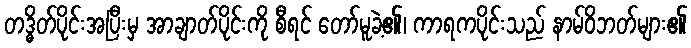
တဒ္ဓိတ်ပိုင်းအပြီးမှ အာချာတ်ပိုင်းကို စီရင် တော်မူခဲ့၏၊ ကာရကပိုင်းသည် နာမ်ဝိဘတ်များ၏